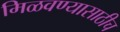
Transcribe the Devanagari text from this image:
मिळवण्यासाठीच